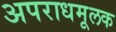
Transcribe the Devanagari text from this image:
अपराधमूलक